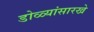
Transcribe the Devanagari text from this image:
डोळ्यांसारखे